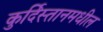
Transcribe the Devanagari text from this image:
कुर्दिस्तानमधील